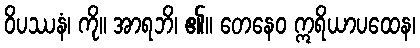
ဝိပဿနံ၊ ကို။ အာရဘိ၊ ၏။ တေနေဝ ဣရိယာပထေန၊